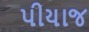
પીયાજ